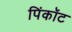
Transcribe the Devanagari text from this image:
पिंकॉट